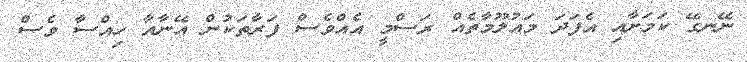
ނޭނގޭ ކަމަށާއި އެފަދަ މައުލޫމާތެއް ރަސްމީ އެއްވެސް ފަރާތަކުން އޭނާއާ ހިއްސާ ވެސް